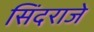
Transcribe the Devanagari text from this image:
सिंदराजे